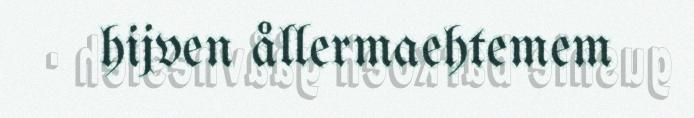
hijven ållermaehtemem